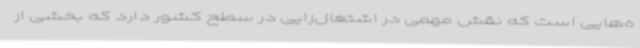
ه‌هایی است که نقش مهمی در اشتغال‌زایی در سطح کشور دارد که بخشی از